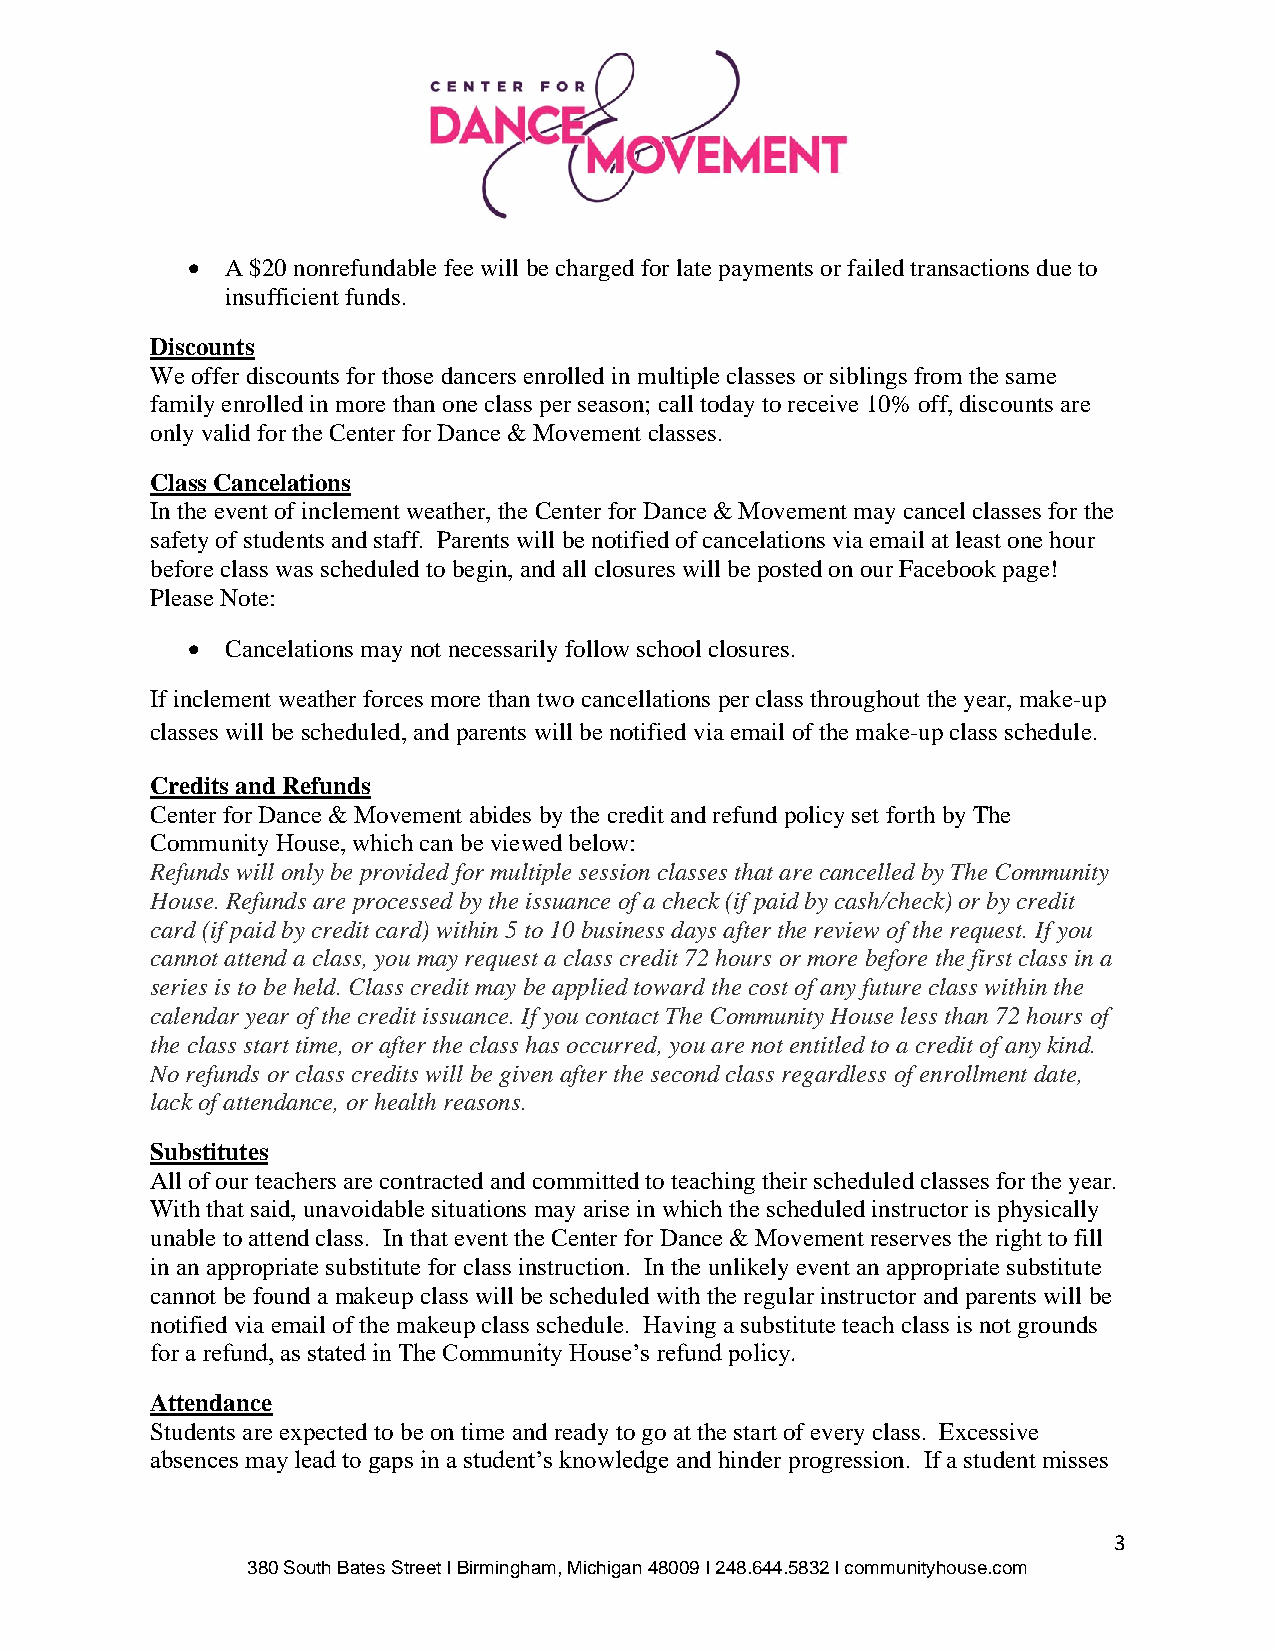
•  A $20 nonrefundable fee will be charged for late payments or failed transactions due to
 insufficient funds.
 Discounts
 We offer discounts for those dancers enrolled in multiple classes or siblings from the same
 family enrolled in more than one class per season; call today to receive 10% off, discounts are
 only valid for the Center for Dance & Movement classes.
 Class Cancelations
 In the event of inclement weather, the Center for Dance & Movement may cancel classes for the
 safety of students and staff. Parents will be notified of cancelations via email at least one hour
 before class was scheduled to begin, and all closures will be posted on our Facebook page!
 Please Note:
 •  Cancelations may not necessarily follow school closures.
 If inclement weather forces more than two cancellations per class throughout the year, make-up
 classes will be scheduled, and parents will be notified via email of the make-up class schedule.
 Credits and Refunds
 Center for Dance & Movement abides by the credit and refund policy set forth by The
 Community House, which can be viewed below:
 Refunds will only be provided for multiple session classes that are cancelled by The Community
 House. Refunds are processed by the issuance of a check (if paid by cash/check) or by credit
 card (if paid by credit card) within 5 to 10 business days after the review of the request. If you
 cannot attend a class, you may request a class credit 72 hours or more before the first class in a
 series is to be held. Class credit may be applied toward the cost of any future class within the
 calendar year of the credit issuance. If you contact The Community House less than 72 hours of
 the class start time, or after the class has occurred, you are not entitled to a credit of any kind.
 No refunds or class credits will be given after the second class regardless of enrollment date,
 lack of attendance, or health reasons.
 Substitutes
 All of our teachers are contracted and committed to teaching their scheduled classes for the year.
 With that said, unavoidable situations may arise in which the scheduled instructor is physically
 unable to attend class. In that event the Center for Dance & Movement reserves the right to fill
 in an appropriate substitute for class instruction. In the unlikely event an appropriate substitute
 cannot be found a makeup class will be scheduled with the regular instructor and parents will be
 notified via email of the makeup class schedule. Having a substitute teach class is not grounds
 for a refund, as stated in The Community House’s refund policy.
 Attendance
 Students are expected to be on time and ready to go at the start of every class. Excessive
 absences may lead to gaps in a student’s knowledge and hinder progression. If a student misses
 3
 380 South Bates Street I Birmingham, Michigan 48009 I 248.644.5832 I communityhouse.com